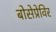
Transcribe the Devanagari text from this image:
बोसेप्रेविर